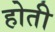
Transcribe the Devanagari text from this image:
होती